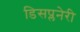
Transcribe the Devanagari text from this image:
डिसप्लनेरी